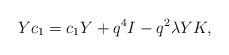
LaTeX: \begin{align*}Y c_{1}=c_{1} Y + q^{4} I -q^{2} \lambda Y K,\end{align*}